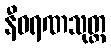
နီဝရဏသုတ္တ